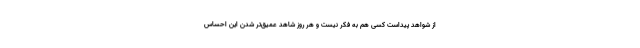
از شواهد پیداست کسی هم به فکر نیست و هر روز شاهد عمیق‌تر شدن این احساس